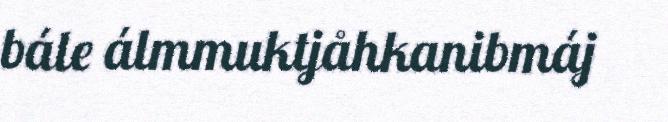
bále álmmuktjåhkanibmáj